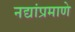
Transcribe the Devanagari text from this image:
नद्यांप्रमाणे